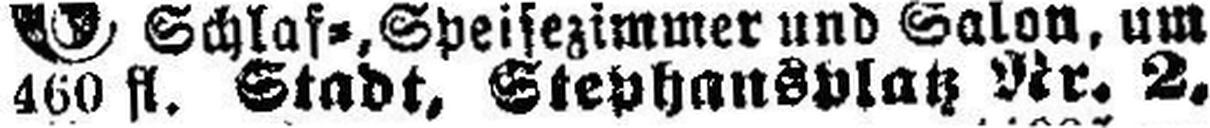
460 fl. Stadt, Stephansplatz Nr. 2,